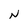
Character: N